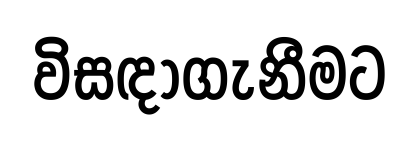
විසඳාගැනීමට